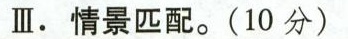
Ⅲ.情景匹配.(10 分)